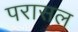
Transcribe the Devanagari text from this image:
परासल